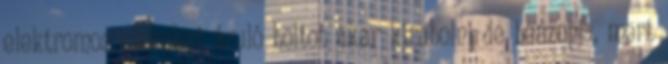
elektromos cikkeket áruló boltot akar kirabolni de beszopja, mert